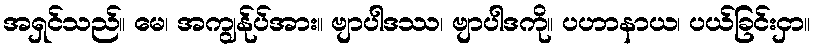
အရှင်သည်။ မေ၊ အကျွန်ုပ်အား။ ဗျာပါဒဿ၊ ဗျာပါဒကို။ ပဟာနာယ၊ ပယ်ခြင်းငှာ။